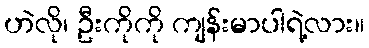
ဟဲလို၊ ဦးကိုကို ကျန်းမာပါရဲ့လား။